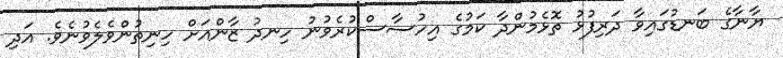
ޔާނާގެ ބަނޑުގައިވާ ދަރިފުޅު ތޮޅެމުންދާ ކަމުގެ އިހުސާސްކުރެވުނު ހިނދު ޒާންއަށް ހިނިތުންވެލެވުނެވެ. އަދި